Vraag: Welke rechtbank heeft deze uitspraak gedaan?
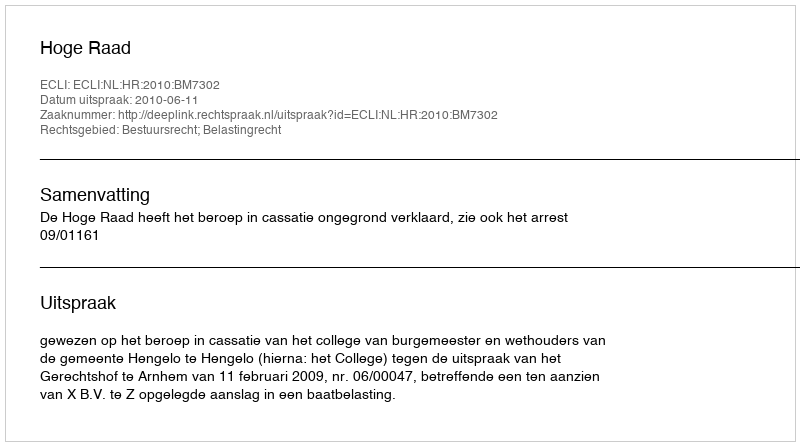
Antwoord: Hoge Raad